Report of the Indian Hemp Drugs Commission, 1894-1895 - Volume V
Year: 1894
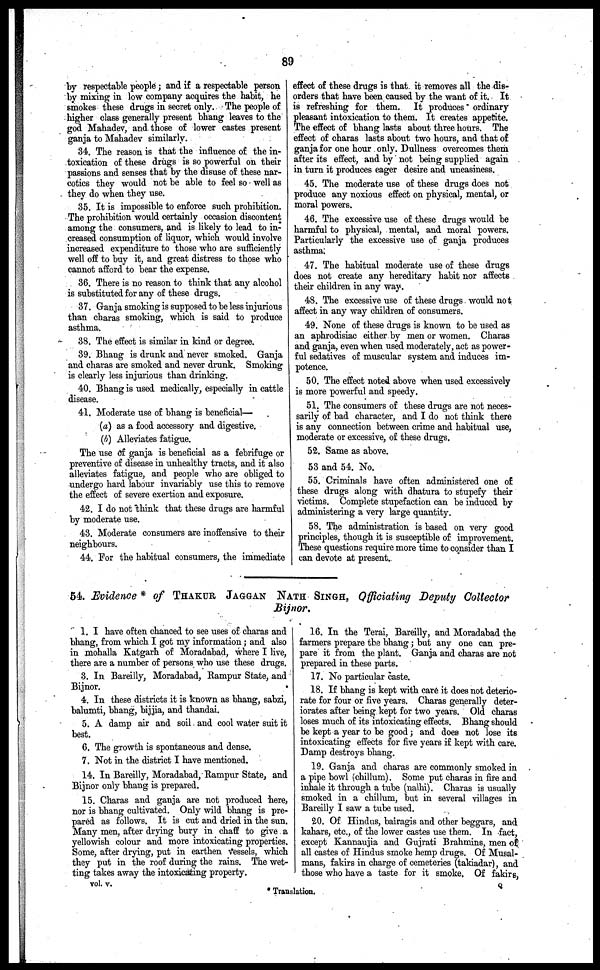
89
by respectable people; and if a respectable person
by mixing in low company acquires the habit, he
smokes these drags in secret only. The people of
higher class generally present bhang leaves to the
god Mahadev, and those of lower castes present
ganja to Mahadev similarly.
34. The reason is that the influence of the in-
toxication of these drugs is so powerful on their
passions and senses that by the disuse of these nar-
cotics they would not be able to feel so well as
they do when they use.
35. It is impossible to enforce such prohibition.
The prohibition would certainly occasion discontent
among the consumers, and is likely to lead to in-
creased consumption of liquor, which would involve
increased expenditure to those who are sufficiently
well off to buy it, and great distress to those who
cannot afford to bear the expense.
36. There is no reason to think that any alcohol
is substituted for any of these drugs.
37. Ganja smoking is supposed to be less injurious
than charas smoking, which is said to produce
asthma.
38. The effect is similar in kind or degree.
39. Bhang is drunk and never smoked. Ganja
and charas are smoked and never drunk. Smoking
is clearly less injurious than drinking.
40. Bhang is used medically, especially in cattle
disease.
41. Moderate use of bhang is beneficial—
(a) as a food accessory and digestive.
(b) Alleviates fatigue.
The use of ganja is beneficial as a febrifuge or
preventive of disease in unhealthy tracts, and it also
alleviates fatigue, and people who are obliged to
undergo hard labour invariably use this to remove
the effect of severe exertion and exposure.
42. I do not think that these drugs are harmful
by moderate use.
43. Moderate consumers are inoffensive to their
neighbours.
44. For the habitual consumers, the immediate
effect of these drugs is that it removes all the dis-
orders that have been caused by the want of it. It
is refreshing for them. It produces ordinary
pleasant intoxication to them. It creates appetite.
The effect of bhang lasts about three hours. The
effect of charas lasts about two hours, and that of
ganja for one hour only. Dullness overcomes them
after its effect, and by not being supplied again
in turn it produces eager desire and uneasiness.
45. The moderate use of these drugs does not
produce any noxious effect on physical, mental, or
moral powers.
46. The excessive use of these drugs would be
harmful to physical, mental, and moral powers.
Particularly the excessive use of ganja produces
asthma:
47. The habitual moderate use of these drugs
does not create any hereditary habit nor affects
their children in any way.
48. The excessive use of these drugs would not
affect in any way children of consumers.
49. None of these drugs is known to be used as
an aphrodisiac either by men or women. Charas
and ganja, even when used moderately, act as power-
ful sedatives of muscular system and induces im-
potence.
50. The effect noted above when used excessively
is more powerful and speedy.
51. The consumers of these drugs are not neces-
sarily of bad character, and I do not think there
is any connection between crime and habitual use,
moderate or excessive, of these drugs.
52. Same as above.
53 and 54. No.
55. Criminals have often administered one of
these drugs along with dhatura to stupefy their
victims. Complete stupefaction can be induced by
administering a very large quantity.
58. The administration is based on very good
principles, though it is susceptible of improvement.
These questions require more time to consider than I
can devote at present.
54. Evidence * of THAKUR JAGGAN NATH SINGH., Officiating Deputy Collector
Bijnor.
1. I have often chanced to see uses of charas and
bhang, from which I got my information; and also
in mohalla Katgarh of Moradabad, where I live,
there are a number of persons who use these drugs.
3. In Bareilly, Moradabad, Rampur State, and
Bijnor.
4. In these districts it is known as bhang, sabzi,
balumti, bhang, bijjia, and thandai.
5. A damp air and soil and cool water suit it
best.
6. The growth is spontaneous and dense.
7. Not in the district I have mentioned.
14. In Bareilly, Moradabad, Rampur State, and
Bijnor only bhang is prepared.
15. Charas and ganja are not produced here,
nor is bhang cultivated. Only wild bhang is pre-
pared as follows. It is cut and dried in the sun.
Many men, after drying bury in chaff to give a
yellowish colour and more intoxicating properties.
Some, after drying, put in earthen vessels, which
they put in the roof during the rains. The wet-
ting takes away the intoxicating property.
16. In the Terai, Bareilly, and Moradabad the
farmers prepare the bhang; but any one can pre-
pare it from the plant. Ganja and charas are not
prepared in these parts.
17. No particular caste.
18. If bhang is kept with care it does not deterio-
rate for four or five years. Charas generally deter-
iorates after being kept for two years. Old charas
loses much of its intoxicating effects. Bhang should
be kept a year to be good; and does not lose its
intoxicating effects for five years if kept with care.
Damp destroys bhang.
19. Ganja and charas are commonly smoked in
a pipe bowl (chillum). Some put charas in fire and
inhale it through a tube (nalhi). Charas is usually
smoked in a chillum, but in several villages in
Bareilly I saw a tube used.
20. Of Hindus, bairagis and other beggars, and
kahars, etc., of the lower castes use them. In fact,
except Kannaujia and Gujrati Brahmins, men of
all castes of Hindus smoke hemp drugs. Of Musal-
mans, fakirs in charge of cemeteries (talriadar), and
those who have a taste for it smoke. Of fakirs,
vol. v.
* Translation.